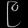
Digit: ၉